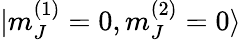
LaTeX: |m_{J}^{(1)}=0,m_{J}^{(2)}=0\rangle